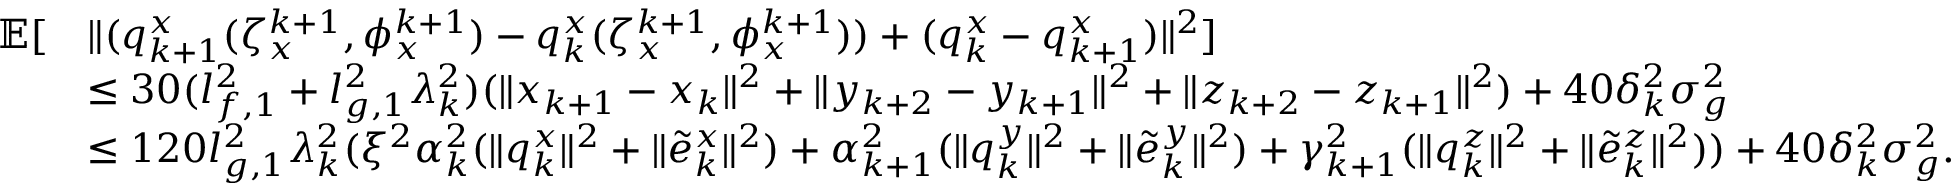
\begin{array} { r l } { \mathbb { E } [ } & { \| ( q _ { k + 1 } ^ { x } ( \zeta _ { x } ^ { k + 1 } , \phi _ { x } ^ { k + 1 } ) - q _ { k } ^ { x } ( \zeta _ { x } ^ { k + 1 } , \phi _ { x } ^ { k + 1 } ) ) + ( q _ { k } ^ { x } - q _ { k + 1 } ^ { x } ) \| ^ { 2 } ] } \\ & { \le 3 0 ( l _ { f , 1 } ^ { 2 } + l _ { g , 1 } ^ { 2 } \lambda _ { k } ^ { 2 } ) ( \| x _ { k + 1 } - x _ { k } \| ^ { 2 } + \| y _ { k + 2 } - y _ { k + 1 } \| ^ { 2 } + \| z _ { k + 2 } - z _ { k + 1 } \| ^ { 2 } ) + 4 0 \delta _ { k } ^ { 2 } \sigma _ { g } ^ { 2 } } \\ & { \le 1 2 0 l _ { g , 1 } ^ { 2 } \lambda _ { k } ^ { 2 } ( \xi ^ { 2 } \alpha _ { k } ^ { 2 } ( \| q _ { k } ^ { x } \| ^ { 2 } + \| \tilde { e } _ { k } ^ { x } \| ^ { 2 } ) + \alpha _ { k + 1 } ^ { 2 } ( \| q _ { k } ^ { y } \| ^ { 2 } + \| \tilde { e } _ { k } ^ { y } \| ^ { 2 } ) + \gamma _ { k + 1 } ^ { 2 } ( \| q _ { k } ^ { z } \| ^ { 2 } + \| \tilde { e } _ { k } ^ { z } \| ^ { 2 } ) ) + 4 0 \delta _ { k } ^ { 2 } \sigma _ { g } ^ { 2 } . } \end{array}